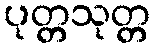
ပုတ္တသုတ္တ